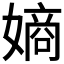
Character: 𫱨